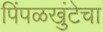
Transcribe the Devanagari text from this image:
पिंपळखुंटेचा